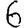
Digit: 6